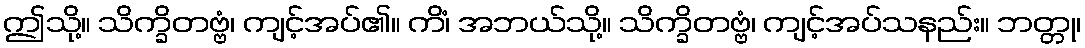
ဤသို့။ သိက္ခိတဗ္ဗံ၊ ကျင့်အပ်၏။ ကိံ၊ အဘယ်သို့။ သိက္ခိတဗ္ဗံ၊ ကျင့်အပ်သနည်း။ ဘတ္တု၊